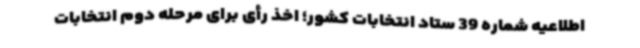
اطلاعیه شماره 39 ستاد انتخابات کشور؛ اخذ رأی برای مرحله دوم انتخابات